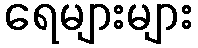
ရေများများ